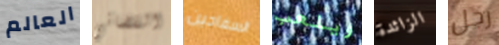
العالم القضائي السفاحين ويلعب الزائدة رجل